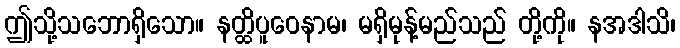
ဤသို့သဘောရှိသော။ နတ္ထိပူဝေနာမ၊ မရှိမုန့်မည်သည် တို့ကို။ နအဒါသိ၊